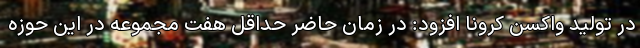
در تولید واکسن کرونا افزود: در زمان حاضر حداقل هفت مجموعه در این حوزه